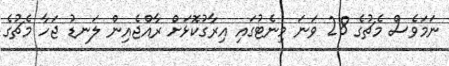
ނަމަވެސް މެޗުގެ 28 ވަނަ މިނެޓުގައި އިރާގުކޮޅަށް ރާއްޖެއިން ލަނޑު ޖަހާ މެޗުގެ